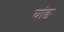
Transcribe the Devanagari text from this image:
यांङ